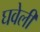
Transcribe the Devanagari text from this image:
घवेली